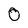
Character: 0